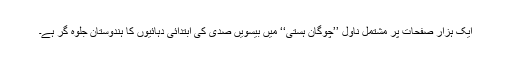
ایک ہزار صفحات پر مشتمل ناول ’’چوگان ہستی‘‘ میں بیسویں صدی کی ابتدائی دہائیوں کا ہندوستان جلوہ گر ہے۔